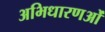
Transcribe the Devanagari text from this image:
अभिधारणओं